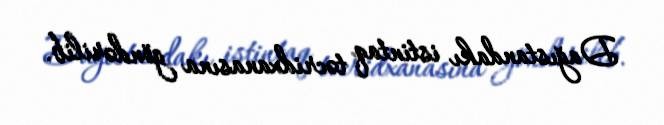
Dağıstandakı istintaq təcridxanasına göndərilib.